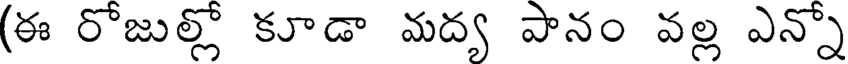
(ఈ రోజుల్లో కూడా మద్య పానం వల్ల ఎన్నో